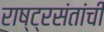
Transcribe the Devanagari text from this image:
राष्ट्रसंतांची